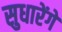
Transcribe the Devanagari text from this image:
सुधारेंगे